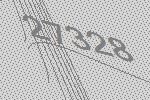
27328